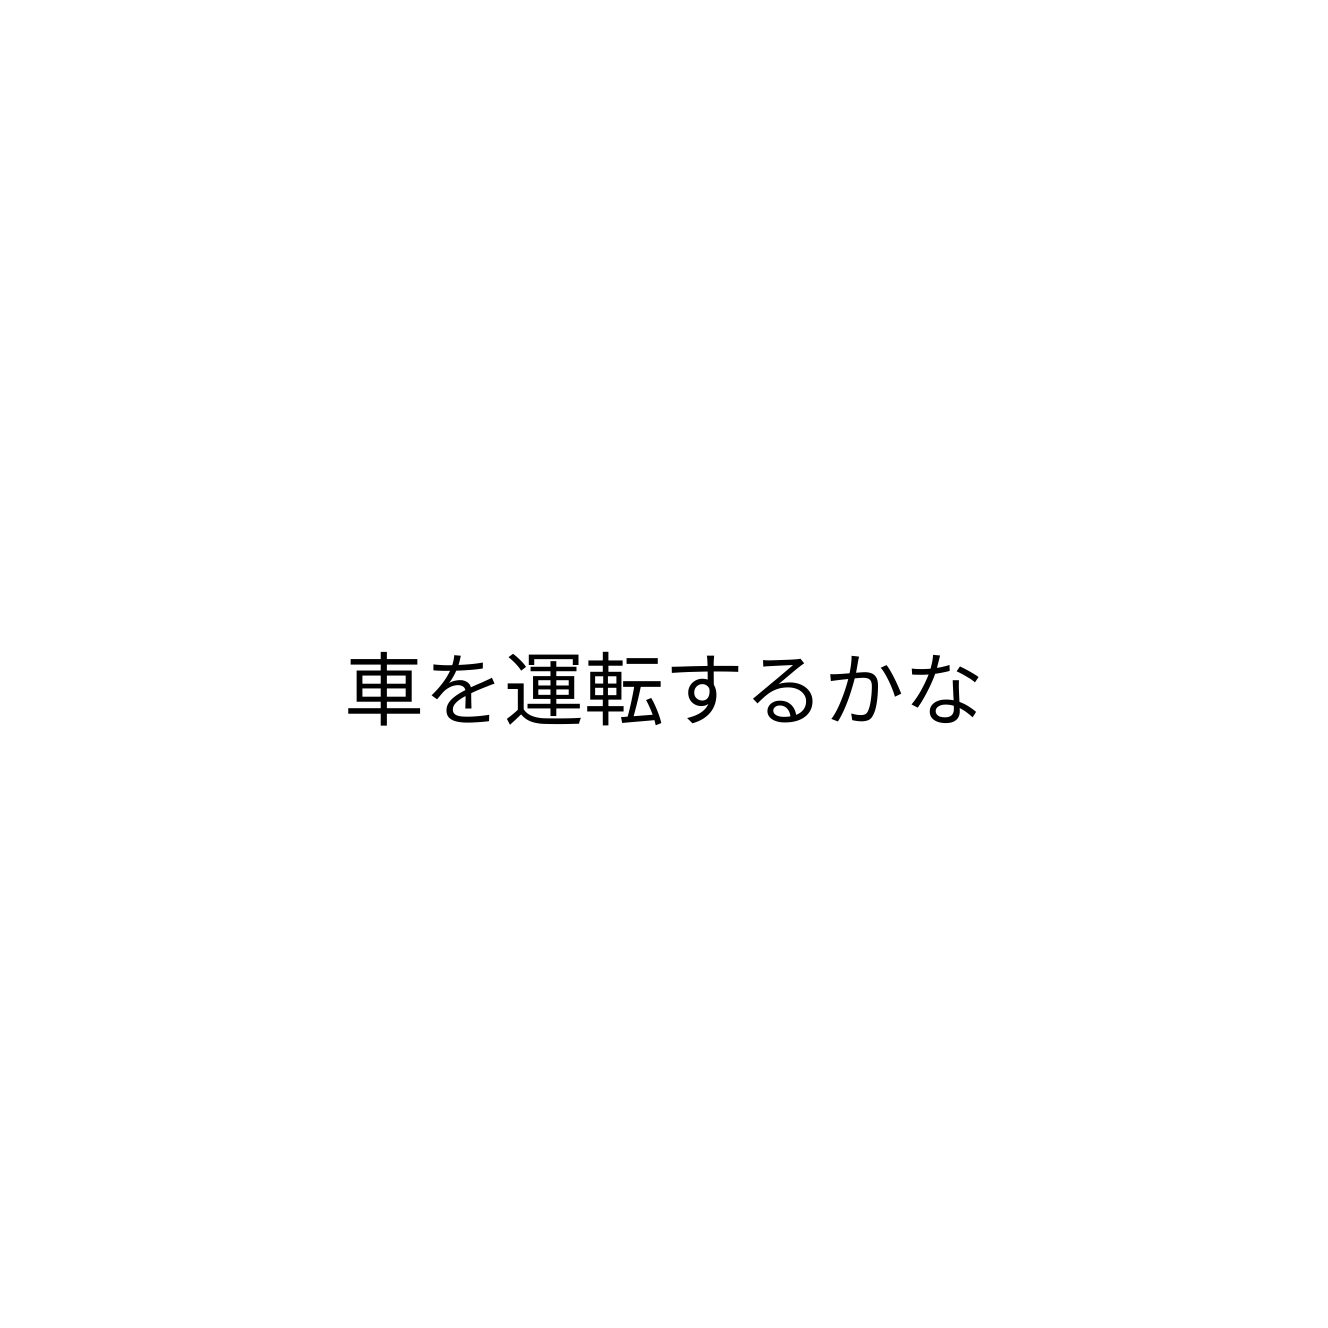
車を運転するかな